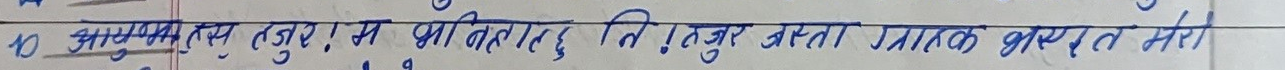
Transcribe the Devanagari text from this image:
१० आजभोलि तजुर । म भनिहालु ति तजुर जस्ता ग्राक भए त मेरा